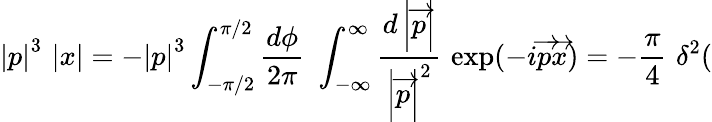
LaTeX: \left|p\right|^{3}\, \left|x\right|=-\left|p\right|^{3}\int_{-\pi/2}^{\pi/2}\frac{d\phi}{2\pi}\, \, \int_{-\infty}^{\infty}\frac{d\left|\overrightarrow{p}\right|}{\left|\overrightarrow{p}\right|^{2}}\, \, \exp(-i\overrightarrow{p}\overrightarrow{x})=-\frac{\pi}{4}\, \, \delta^{2}(